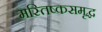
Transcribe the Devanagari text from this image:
मस्तिष्कसमृद्ध